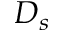
D _ { s }